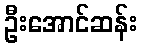
ဦးအောင်ဆန်း